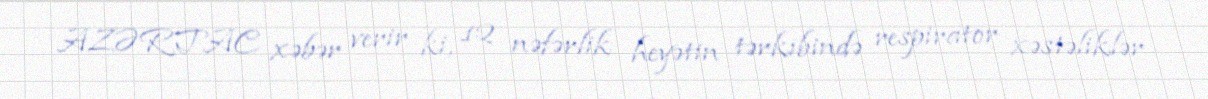
AZƏRTAC xəbər verir ki, 12 nəfərlik heyətin tərkibində respirator xəstəliklər